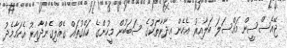
ޖޭއެސްސީން މައްސަލަ ބަލާއިރު އެހެން އިދާރާތަކުގެ ސަބަބުން މީހުންގެ ހައްގުތައް ގެއްލިގެންދާއިރު އެކަމާމެދު